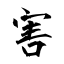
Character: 害